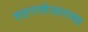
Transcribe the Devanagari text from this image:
शहराशेजारच्या